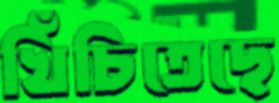
খিঁচিতেছে